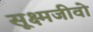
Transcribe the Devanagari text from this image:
सूक्ष्मजीवो